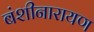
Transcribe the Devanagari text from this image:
बंशीनारायण